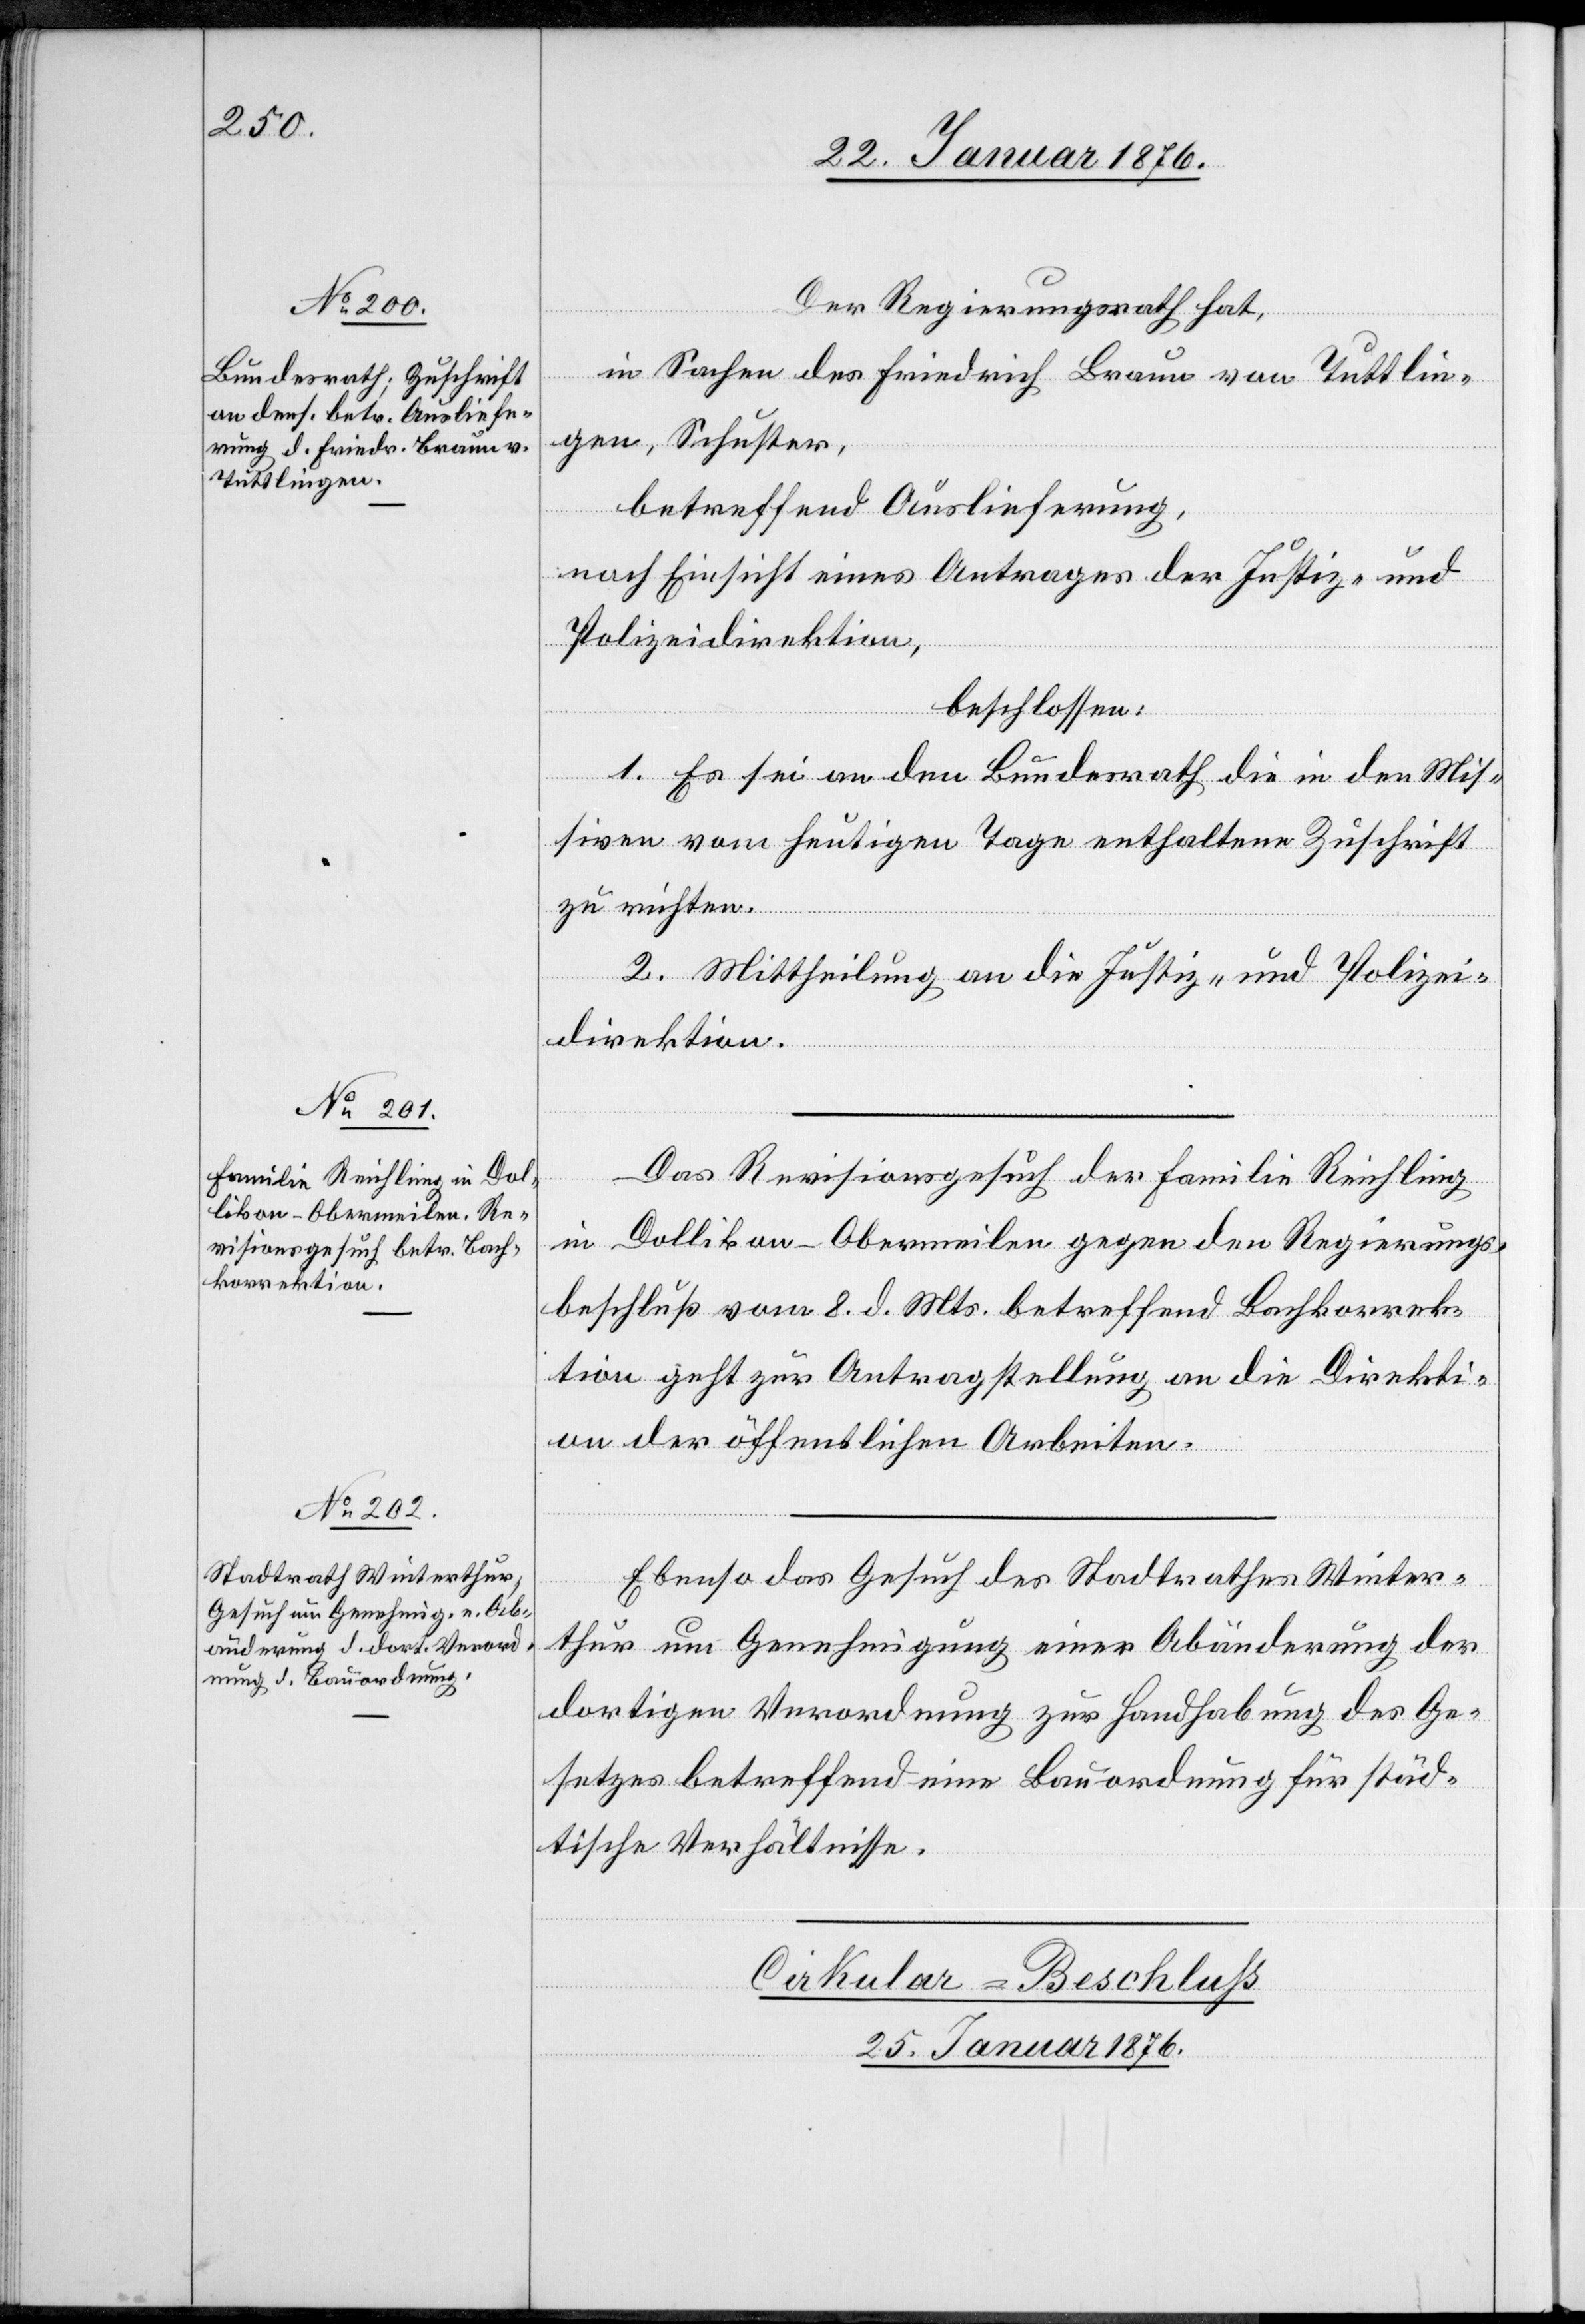
Der Regierungsrath hat,
in Sachen des Friedrich Braun von Tuttlin¬
gen, Schuster,
betreffend Auslieferung,
nach Einsicht eines Antrages der Justiz- und
Polizeidirektion,
beschlossen:
1. Es sei an den Bundesrath die in den Mis¬
siven vom heutigen Tage enthaltene Zuschrift
zu richten.
2. Mittheilung an die Justiz- und Polizei¬
direktion.
Das Revisionsgesuch der Familie Reichling
in Dollikon - Obermeilen gegen den Regierungs¬
beschluß vom 8. d. Mts. betreffend Bachkorrek¬
tion geht zur Antragstellung an die Direkti¬
on der öffentlichen Arbeiten.
Ebenso das Gesuch des Stadtrathes Winter¬
thur um Genehmigung einer Abänderung der
dortigen Verordnung zur Handhabung des Ge¬
setzes betreffend eine Bauordnung für städ¬
tische Verhältnisse.
Cirkular-Beschluss
25. Januar 1876.